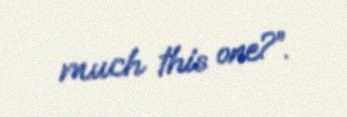
much this one?”.